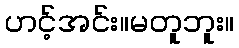
ဟင့်အင်း။မတူဘူး။